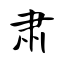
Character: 肃